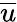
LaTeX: \overline{{u}}